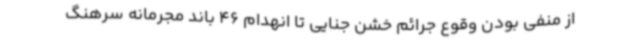
از منفی بودن وقوع جرائم خشن جنایی تا انهدام 46 باند مجرمانه سرهنگ